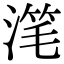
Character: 滗